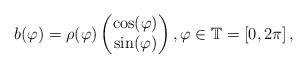
LaTeX: \begin{align*}b(\varphi)=\rho(\varphi) \begin{pmatrix} \cos(\varphi) \\ \sin(\varphi) \end{pmatrix}, \varphi\in\mathbb{T}=[0,2\pi]\,,\end{align*}